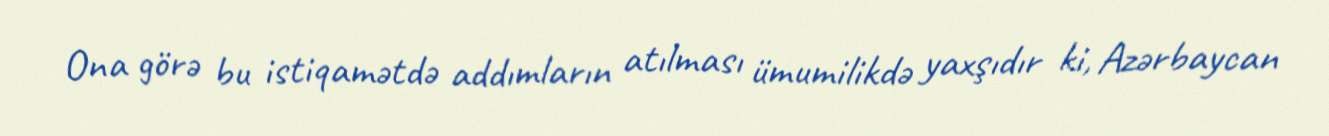
Ona görə bu istiqamətdə addımların atılması ümumilikdə yaxşıdır ki, Azərbaycan